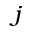
_ j